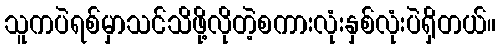
သူကပဲရစ်မှာသင်သိဖို့လိုတဲ့စကားလုံးနှစ်လုံးပဲရှိတယ်။